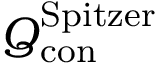
\boldsymbol { Q } _ { \mathrm { c o n } } ^ { \mathrm { S p i t z e r } }